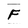
Character: F